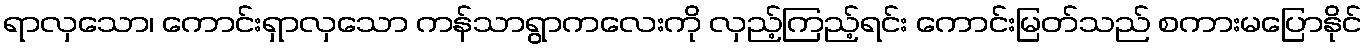
ရာလှသော၊ ကောင်းရှာလှသော ကန်သာရွာကလေးကို လှည့်ကြည့်ရင်း ကောင်းမြတ်သည် စကားမပြောနိုင်